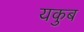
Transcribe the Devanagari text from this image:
यकुब